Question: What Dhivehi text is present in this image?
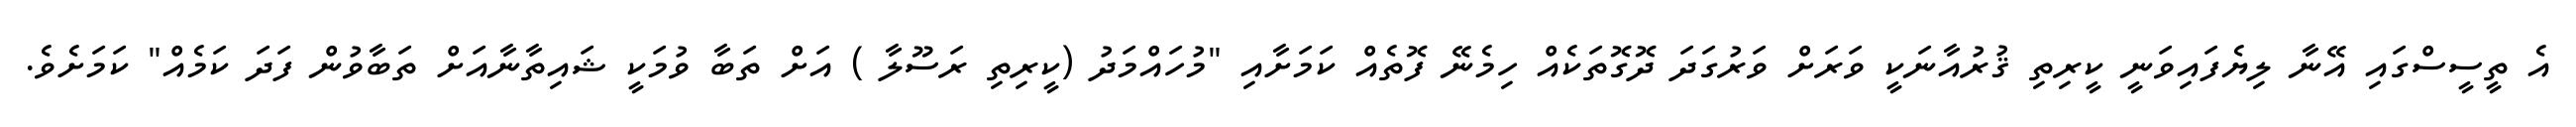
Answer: އެ ތީސީސްގައި އޭނާ ލިޔެފައިވަނީ ކީރިތި ޤުރުއާނަކީ ވަރަށް ވަރުގަދަ ދޮގޮތަކެއް ހިމެނޭ ފޮތެއް ކަމަށާއި "މުހައްމަދު (ކީރިތި ރަސޫލާ ) އަށް ތަބާ ވުމަކީ ޝައިތާނާއަށް ތަބާވުން ފަދަ ކަމެއް" ކަމަށެވެ.